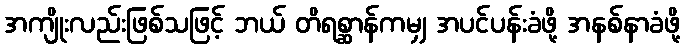
အကျိုးလည်းဖြစ်သဖြင့် ဘယ် တိရစ္ဆာန်ကမျှ အပင်ပန်းခံဖို့ အနစ်နာခံဖို့